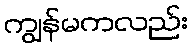
ကျွန်မကလည်း